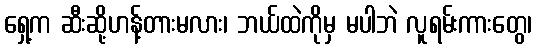
ရှေ့က ဆီးဆို့ဟန့်တားမလား၊ ဘယ်ထဲကိုမှ မပါဘဲ လူရမ်းကားတွေ၊